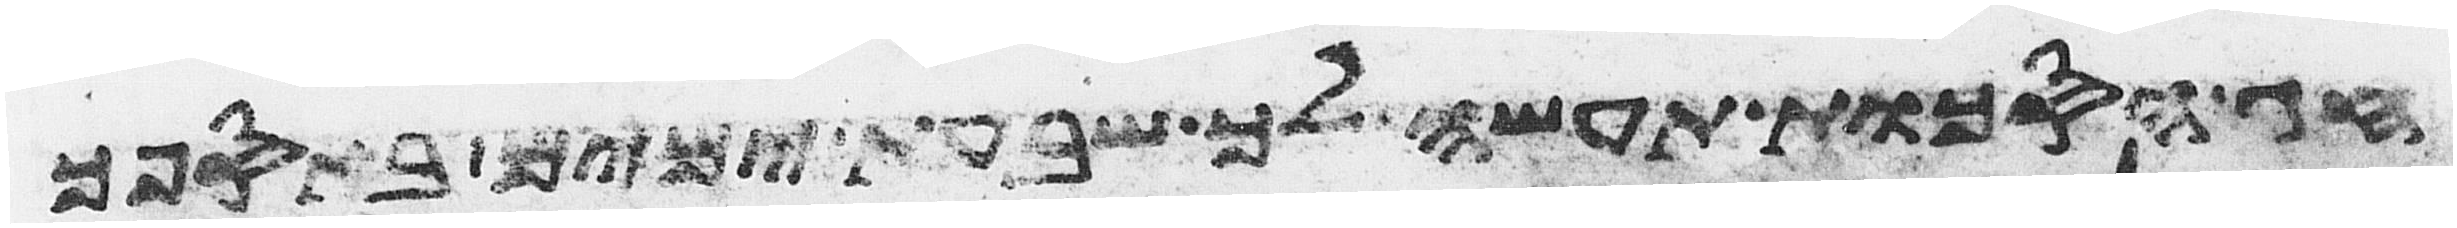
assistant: חג הסכות תעשה לך שבעת ימים באספך